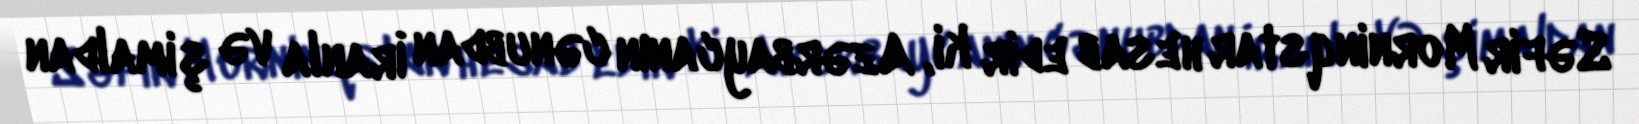
Səfir Morninqstar hesab edir ki, Azərbaycanın cənubdan İranla və şimaldan